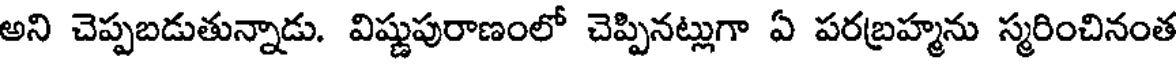
అని చెప్పబడుతున్నాడు. విష్ణుపురాణంలో చెప్పినట్లుగా ఏ పరబ్రహ్మను స్మరించినంత